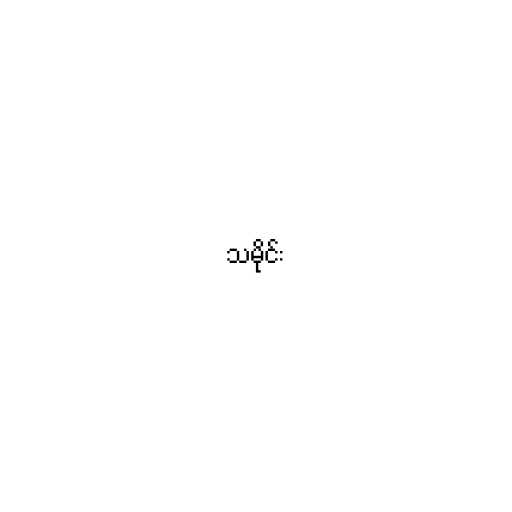
သမိုင်း